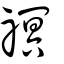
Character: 䄙